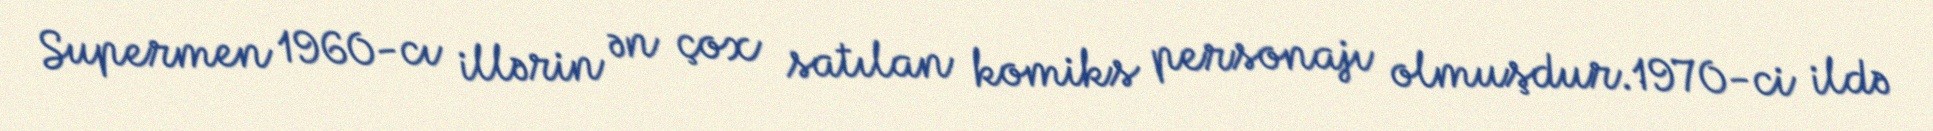
Supermen 1960-cı illərin ən çox satılan komiks personajı olmuşdur.1970-ci ildə